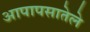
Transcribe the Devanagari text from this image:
आपापसातेले